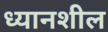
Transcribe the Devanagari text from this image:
ध्यानशील